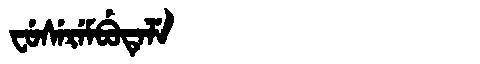
Manchu: ᠸᡠᠰᡝᡵᡝᠮᠪᡠᡨᡝᠯᡝ
Romanization: FUSEREMBUTELE